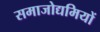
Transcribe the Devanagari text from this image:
समाजोद्यमियों